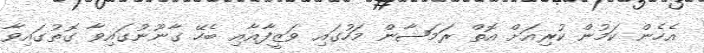
އެހެން ކަމުން ކުރިއަށް އޮތް ރަމަޟާން މަހުގައި ވަޒީފާއާއި ބެހޭ ގާނޫނުގައިވާ ގޮތުގައިވާ